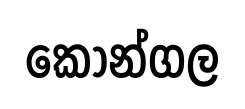
කොන්ගල